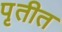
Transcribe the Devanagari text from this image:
पृतीत